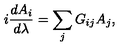
i { \frac { d A _ { i } } { d \lambda } } = \sum _ { j } G _ { i j } A _ { j } ,